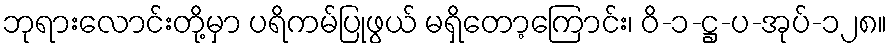
ဘုရားလောင်းတို့မှာ ပရိကမ်ပြုဖွယ် မရှိတော့ကြောင်း၊ ဝိ-၁-ဋ္ဌ-ပ-အုပ်-၁၂၈။